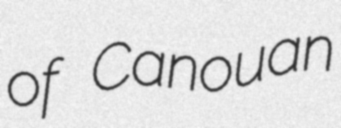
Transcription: of Canouan